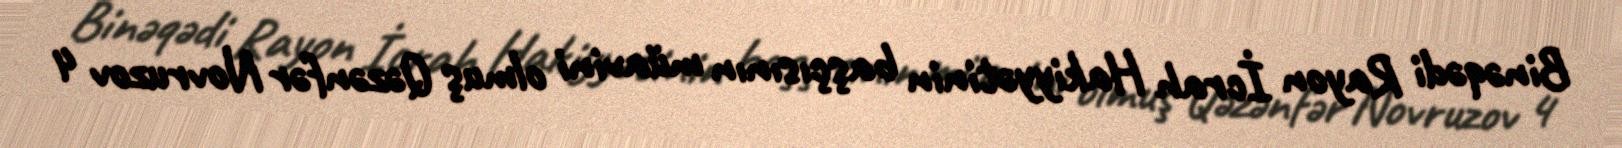
Binəqədi Rayon İcrah Hakiyyətinin başçısının müavini olmuş Qəzənfər Novruzov 4